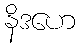
နိဒဟေ